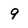
Character: 9